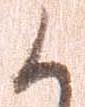
候